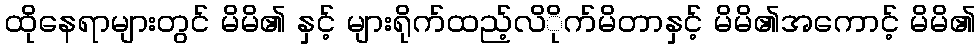
ထိုနေရာများတွင် မိမိ၏ နှင့် များရိုက်ထည့်လိိုက်မိတာနှင့် မိမိ၏အကောင့် မိမိ၏